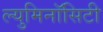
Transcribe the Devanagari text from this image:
ल्युमिनॉसिटी